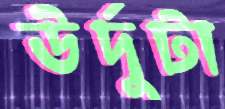
উর্দুটা